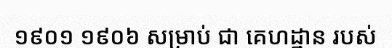
១៩០១ ១៩០៦ សម្រាប់ ជា គេហដ្ឋាន របស់